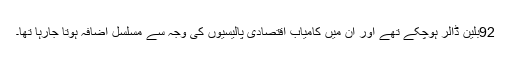
92بلین ڈالر ہوچکے تھے اور ان میں کامیاب اقتصادی پالیسیوں کی وجہ سے مسلسل اضافہ ہوتا جارہا تھا۔